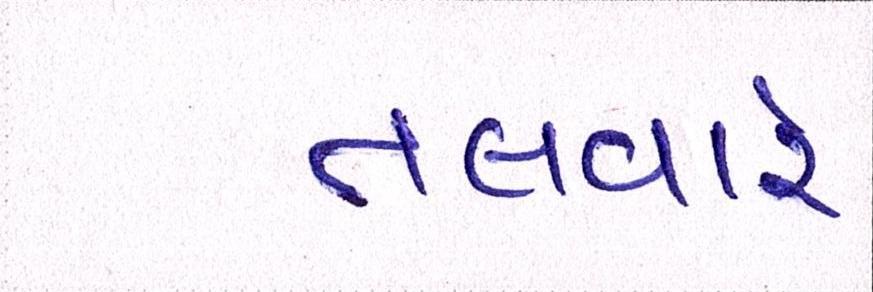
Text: તલવારે